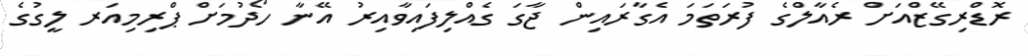
ރޮޑްރިގޭޒްއަށް ރެއާލްގެ ފުރަތަމަ އެގާރައިން ޖާގަ ގެއްލިފައިވާއިރު އޭނާ ހޯދުމަށް ޕްރިމިއަރ ލީގުގެ